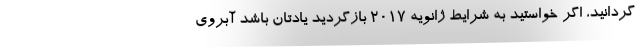
گردانید، اگر خواستید به شرایط ژانویه ۲۰۱۷ بازگردید یادتان باشد آبروی